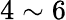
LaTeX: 4\sim 6